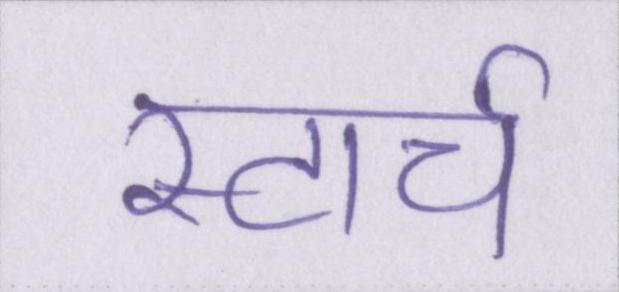
स्टार्च